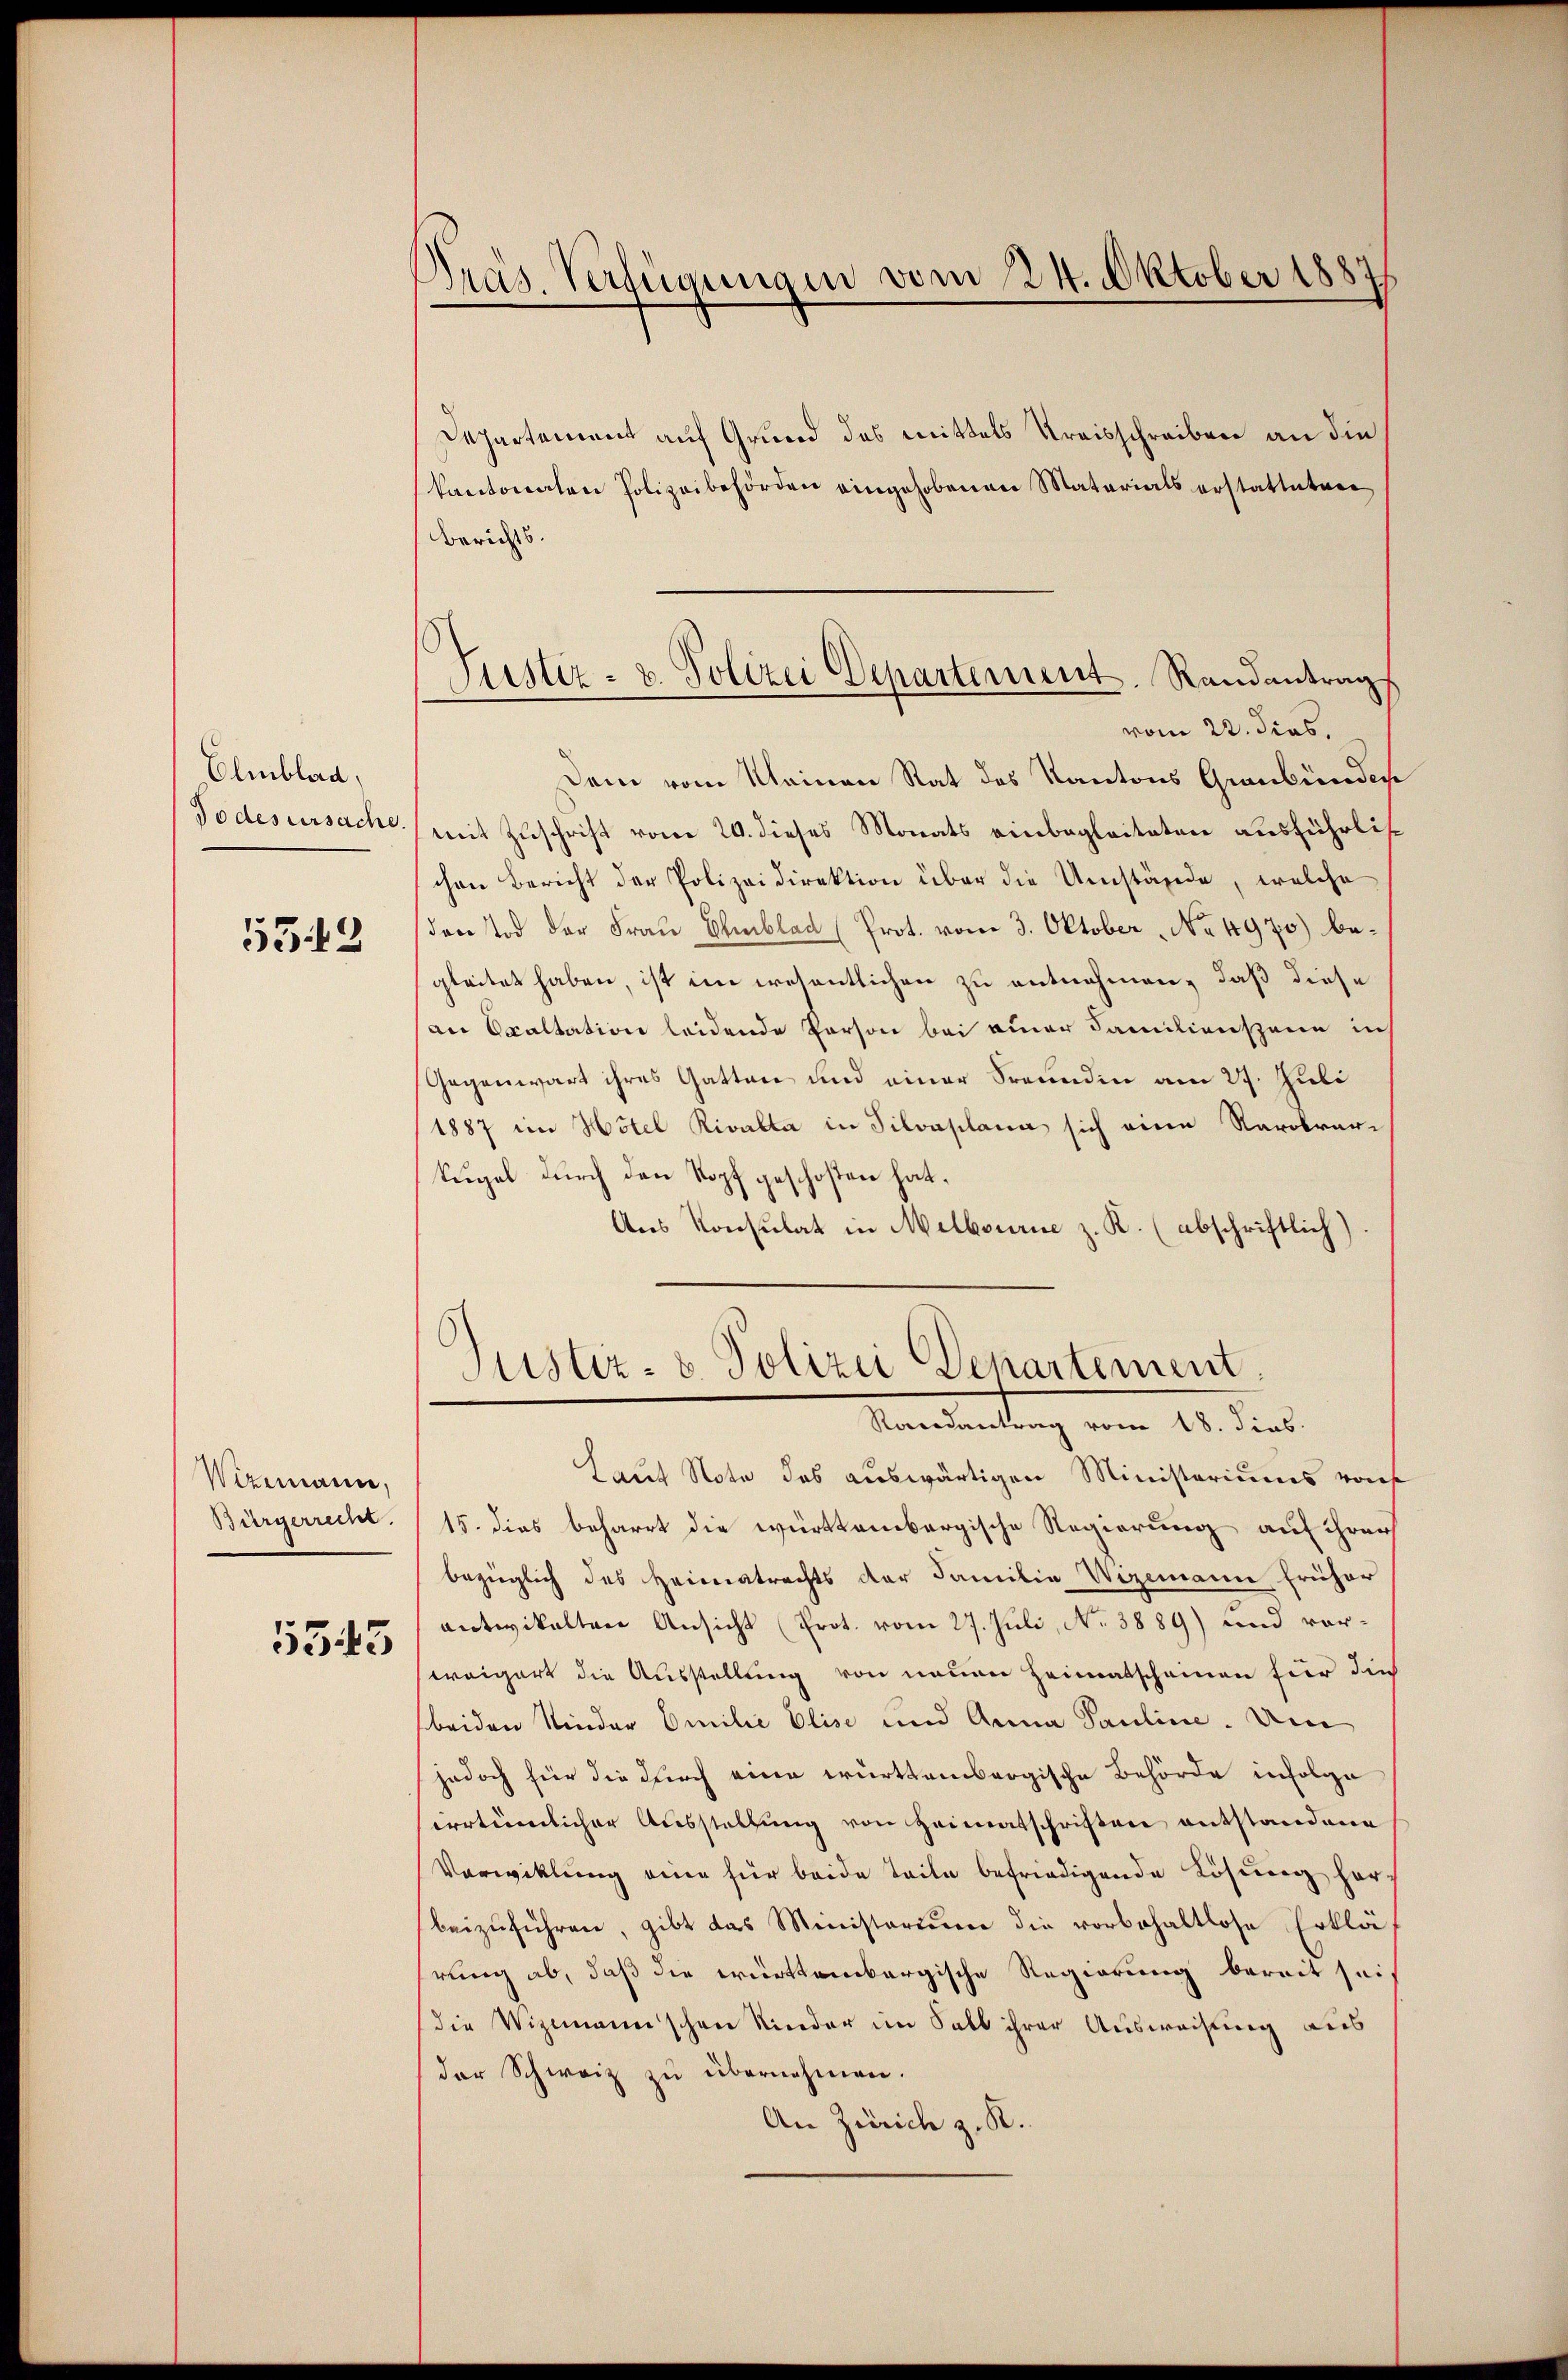
Olmblad
Todesursache.

533

Wizemann,
Bürgerrecht.

5543

Präs. Verfügungen vom 24. Oktober 1887

Departement auf Grund des mittels Kreisschreiben an die
kantonalen Polizeibehörden eingehobenen Materials erstatteten
Berichts.
Dem vom Kleinen Rat des Kantons Graubündere
mit Zuschrift vom 20. dieses Monats einbegleiteten ausführlischen Bericht der Polizeidirektion über die Umstände, welche
den Tod der Frau Elublad (Prot. vom 3. Oktober No 4970) begleitet haben, ist im wesentlichen zu entnehmen, daß diese
an Ocaltation leidende Person bei einer Familienspann in
Gegenwart ihres Gatten und einer Freundin am 27. Juli
1887 im Hotel Rivalta in Silvaplana sich eine Rarobrar-
kugel durch den Kopf geschosten hat.
Ans Konsulat in Melbourie z. K. (abschriftlich)

Justiz- u. Polizei Departement. Randantrag
vom 22. dies.

Justiz- & Polizei Departement
Randantrag vom 18. dies

Laut Note das auswärtigen Ministeriums von
15. dies beharrt die württembergische Regierung auf ihrer
bezüglich des Heimatrechts der Familie Wegemann früher
entwikaltene Ansicht (Prot. vom 27. Juli, No 3889) und vorweigert die Ausstellung von neuen Heimatscheinen für die
beiden Nieder Emilie Elise und Anna Pauline. Um
jedoch für die durch eine württembergische Behörde infolge
sirrtümlicher Ausstellung von Heimatschriften entstandene
Verwicklung eine für beide Teile befriedigende Lösung her
beizuführen, gibt das Ministerium die vorbehaltlose Erklärung ab, daß die württembergische Regierung bereit sei,
die Vizemannschen Kinder im Salb ihrer Ausweisung aus
der Schweiz zu übernehmen.
An Zürich z. R.